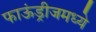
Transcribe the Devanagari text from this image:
फाऊंड्रीजमध्ये